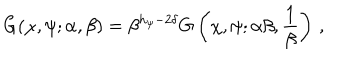
G ( \chi , \psi ; \alpha , \beta ) = \beta ^ { h _ { \psi } - 2 \delta } G \left( \chi , \psi ; \alpha \beta , { \frac { 1 } { \beta } } \right) \, ,